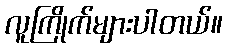
လူကြိုက်များပါတယ်။